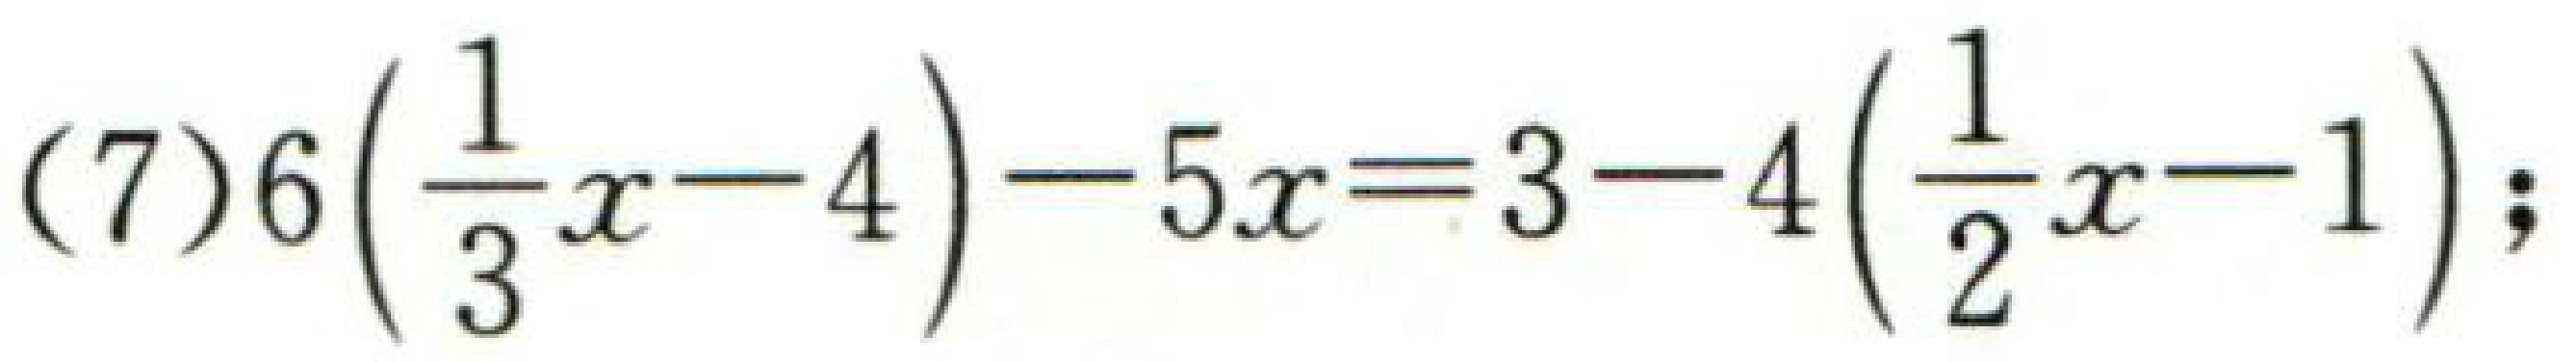
(7)$6\left(\frac{1}{3}x - 4\right)-5x = 3 - 4\left(\frac{1}{2}x - 1\right)$;